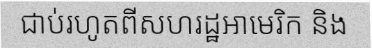
ជាប់រហូតពីសហរដ្ឋអាមេរិក និង